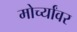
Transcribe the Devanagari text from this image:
मोर्च्यांवर